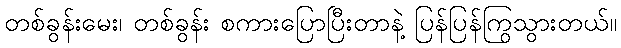
တစ်ခွန်းမေး၊ တစ်ခွန်း စကားပြောပြီးတာနဲ့ ပြန်ပြန်ကြွသွားတယ်။